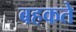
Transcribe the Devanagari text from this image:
बहकते